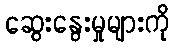
ဆွေးနွေးမှုများကို